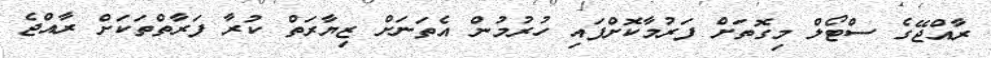
ރާއްޖޭގެ ސްޓޯލް މިގޮތަށް ފަރުމާކޮށްފައި ހުރުމުން އެތަނަށް ޒިޔާރަތް ކުރާ ފަރާތްތަކަށް ރާއްޖެ